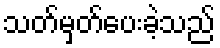
သတ်မှတ်ပေးခဲ့သည်